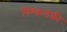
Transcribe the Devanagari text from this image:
निश्कलंकी